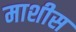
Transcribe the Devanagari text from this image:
माशीस